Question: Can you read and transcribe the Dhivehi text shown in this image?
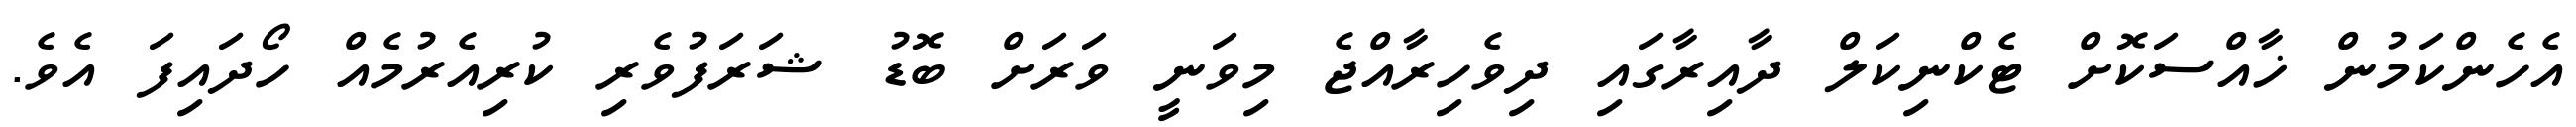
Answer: އެހެންކަމުން ޚާއްސަކޮށް ޓެކްނިކަލް ދާއިރާގައި ދިވެހިރާއްޖެ މިވަނީ ވަރަށް ބޮޑު ޝަރަފުވެރި ކުރިއެރުމެއް ހޯދައިފަ އެވެ.